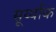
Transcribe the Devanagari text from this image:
सूर्य्याक